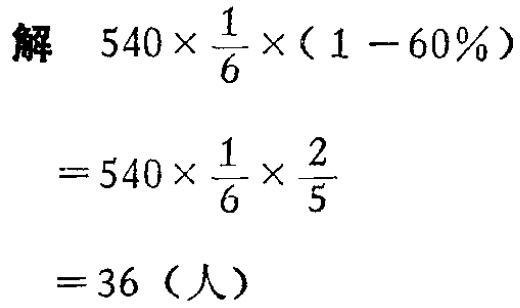
解

\[

\begin{align*}

&540\times\frac{1}{6}\times(1 - 60\%)\\

=&540\times\frac{1}{6}\times\frac{2}{5}\\

=&36 \text{（人）}

\end{align*}

\]